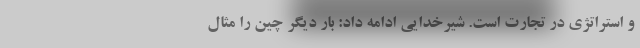
و استراتژی در تجارت است. شیرخدایی ادامه داد: بار دیگر چین را مثال